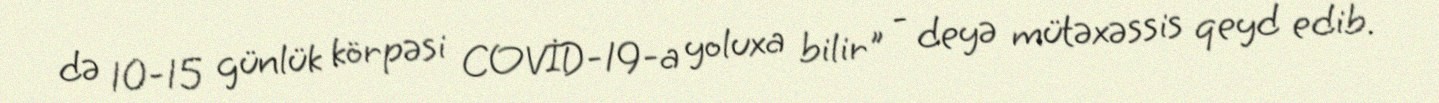
də 10-15 günlük körpəsi COVİD-19-a yoluxa bilir" - deyə mütəxəssis qeyd edib.